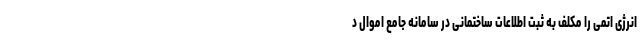
انرژی اتمی را مکلف به ثبت اطلاعات ساختمانی در سامانه جامع اموال د